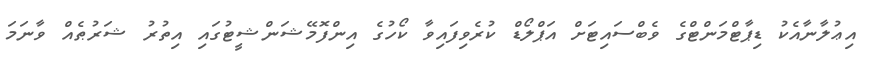
އިޢުލާނާއެކު ޑިޕާޓްމަންޓްގެ ވެބްސައިޓަށް އަޕްލޯޑް ކުރެވިފައިވާ ކޯހުގެ އިންފޮމޭޝަންޝީޓުގައި އިތުރު ޝަރުޠެއް ވާނަމަ